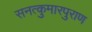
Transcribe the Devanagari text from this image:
सनत्कुमारपुराण